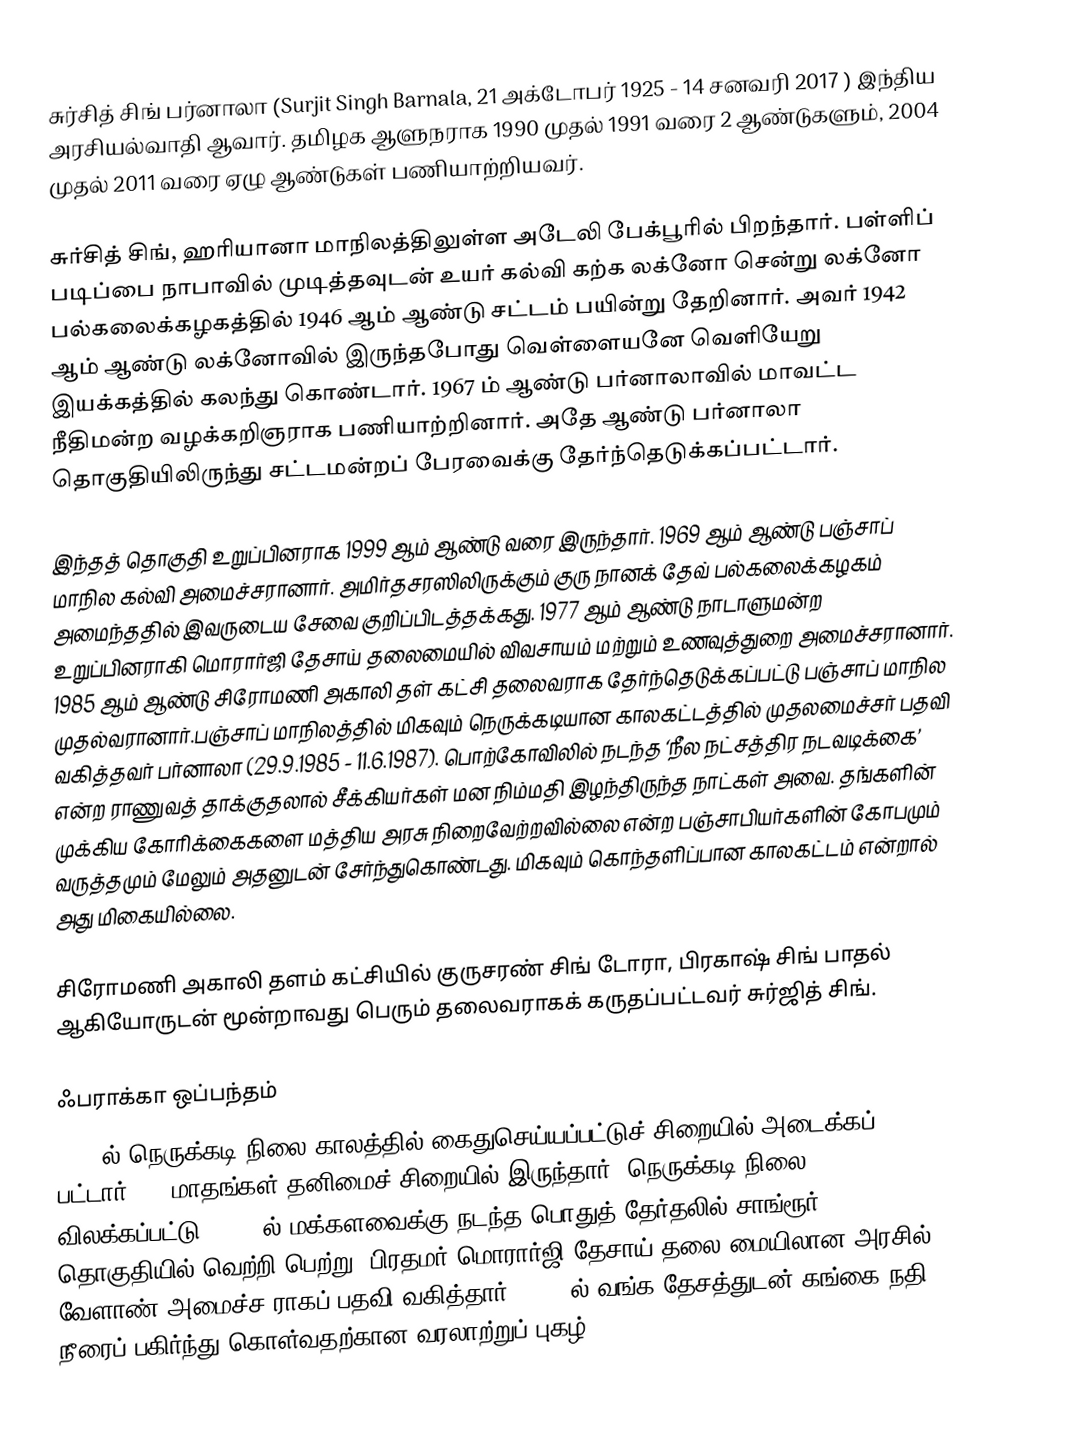
சுர்சித் சிங் பர்னாலா (Surjit Singh Barnala, 21 அக்டோபர் 1925 - 14 சனவரி 2017 ) இந்திய அரசியல்வாதி ஆவார். தமிழக ஆளுநராக 1990 முதல் 1991 வரை 2 ஆண்டுகளும், 2004 முதல் 2011 வரை ஏழு ஆண்டுகள் பணியாற்றியவர்.

சுர்சித் சிங், ஹரியானா மாநிலத்திலுள்ள அடேலி பேக்பூரில் பிறந்தார். பள்ளிப் படிப்பை நாபாவில் முடித்தவுடன் உயர் கல்வி கற்க லக்னோ சென்று லக்னோ பல்கலைக்கழகத்தில் 1946 ஆம் ஆண்டு சட்டம் பயின்று தேறினார். அவர் 1942 ஆம் ஆண்டு லக்னோவில் இருந்தபோது வெள்ளையனே வெளியேறு இயக்கத்தில் கலந்து கொண்டார். 1967 ம் ஆண்டு பர்னாலாவில் மாவட்ட நீதிமன்ற வழக்கறிஞராக பணியாற்றினார். அதே ஆண்டு பர்னாலா தொகுதியிலிருந்து சட்டமன்றப் பேரவைக்கு தேர்ந்தெடுக்கப்பட்டார்.

இந்தத் தொகுதி உறுப்பினராக 1999 ஆம் ஆண்டு வரை இருந்தார். 1969 ஆம் ஆண்டு பஞ்சாப் மாநில கல்வி அமைச்சரானார். அமிர்தசரஸிலிருக்கும் குரு நானக் தேவ் பல்கலைக்கழகம் அமைந்ததில் இவருடைய சேவை குறிப்பிடத்தக்கது. 1977 ஆம் ஆண்டு நாடாளுமன்ற உறுப்பினராகி மொரார்ஜி தேசாய் தலைமையில் விவசாயம் மற்றும் உணவுத்துறை அமைச்சரானார். 1985 ஆம் ஆண்டு சிரோமணி அகாலி தள் கட்சி தலைவராக தேர்ந்தெடுக்கப்பட்டு பஞ்சாப் மாநில முதல்வரானார்.பஞ்சாப் மாநிலத்தில் மிகவும் நெருக்கடியான காலகட்டத்தில் முதலமைச்சர் பதவி வகித்தவர் பர்னாலா (29.9.1985 - 11.6.1987). பொற்கோவிலில் நடந்த ‘நீல நட்சத்திர நடவடிக்கை’ என்ற ராணுவத் தாக்குதலால் சீக்கியர்கள் மன நிம்மதி இழந்திருந்த நாட்கள் அவை. தங்களின் முக்கிய கோரிக்கைகளை மத்திய அரசு நிறைவேற்றவில்லை என்ற பஞ்சாபியர்களின் கோபமும் வருத்தமும் மேலும் அதனுடன் சேர்ந்துகொண்டது. மிகவும் கொந்தளிப்பான காலகட்டம் என்றால் அது மிகையில்லை.

சிரோமணி அகாலி தளம் கட்சியில் குருசரண் சிங் டோரா, பிரகாஷ் சிங் பாதல் ஆகியோருடன் மூன்றாவது பெரும் தலைவராகக் கருதப்பட்டவர் சுர்ஜித் சிங்.

ஃபராக்கா ஒப்பந்தம்
1975-ல் நெருக்கடி நிலை காலத்தில் கைதுசெய்யப்பட்டுச் சிறையில் அடைக்கப் பட்டார். 11 மாதங்கள் தனிமைச் சிறையில் இருந்தார். நெருக்கடி நிலை விலக்கப்பட்டு, 1977-ல் மக்களவைக்கு நடந்த பொதுத் தேர்தலில் சாங்ரூர் தொகுதியில் வெற்றி பெற்று, பிரதமர் மொரார்ஜி தேசாய் தலை மையிலான அரசில் வேளாண் அமைச்ச ராகப் பதவி வகித்தார். 1978-ல் வங்க தேசத்துடன் கங்கை நதி நீரைப் பகிர்ந்து கொள்வதற்கான வரலாற்றுப் புகழ்